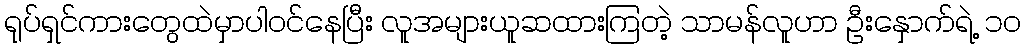
ရုပ်ရှင်ကားတွေထဲမှာပါဝင်နေပြီး လူအများယူဆထားကြတဲ့ သာမန်လူဟာ ဦးနှောက်ရဲ့ ၁၀